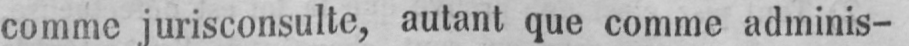
comme jurisconsulte, autant que comme adminis-